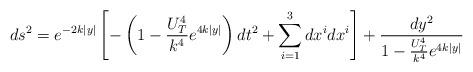
LaTeX: \begin{align*}ds^2 = e^{-2k|y|}\left[ -\left( 1 - \frac{U_T^4}{k^4} e^{4 k |y|} \right) dt^2 +\sum^3_{i=1} dx^i dx^i \right] + \frac{dy^2}{1 - \frac{U_T^4}{k^4} e^{4 k |y|}}\end{align*}